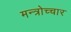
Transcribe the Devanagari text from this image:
मन्त्रोच्चार